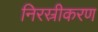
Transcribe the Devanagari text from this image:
निरस्रीकरण